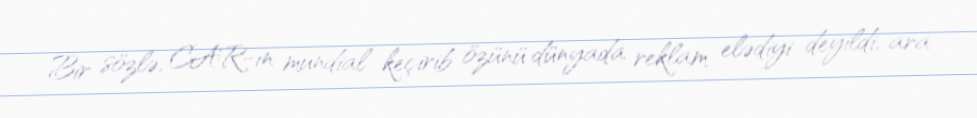
Bir sözlə, CAR-ın mundial keçirib özünü dünyada reklam elədiyi deyildi, ara